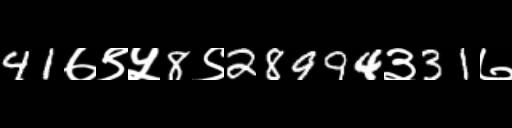
Text: 41७९५8९28994३31७